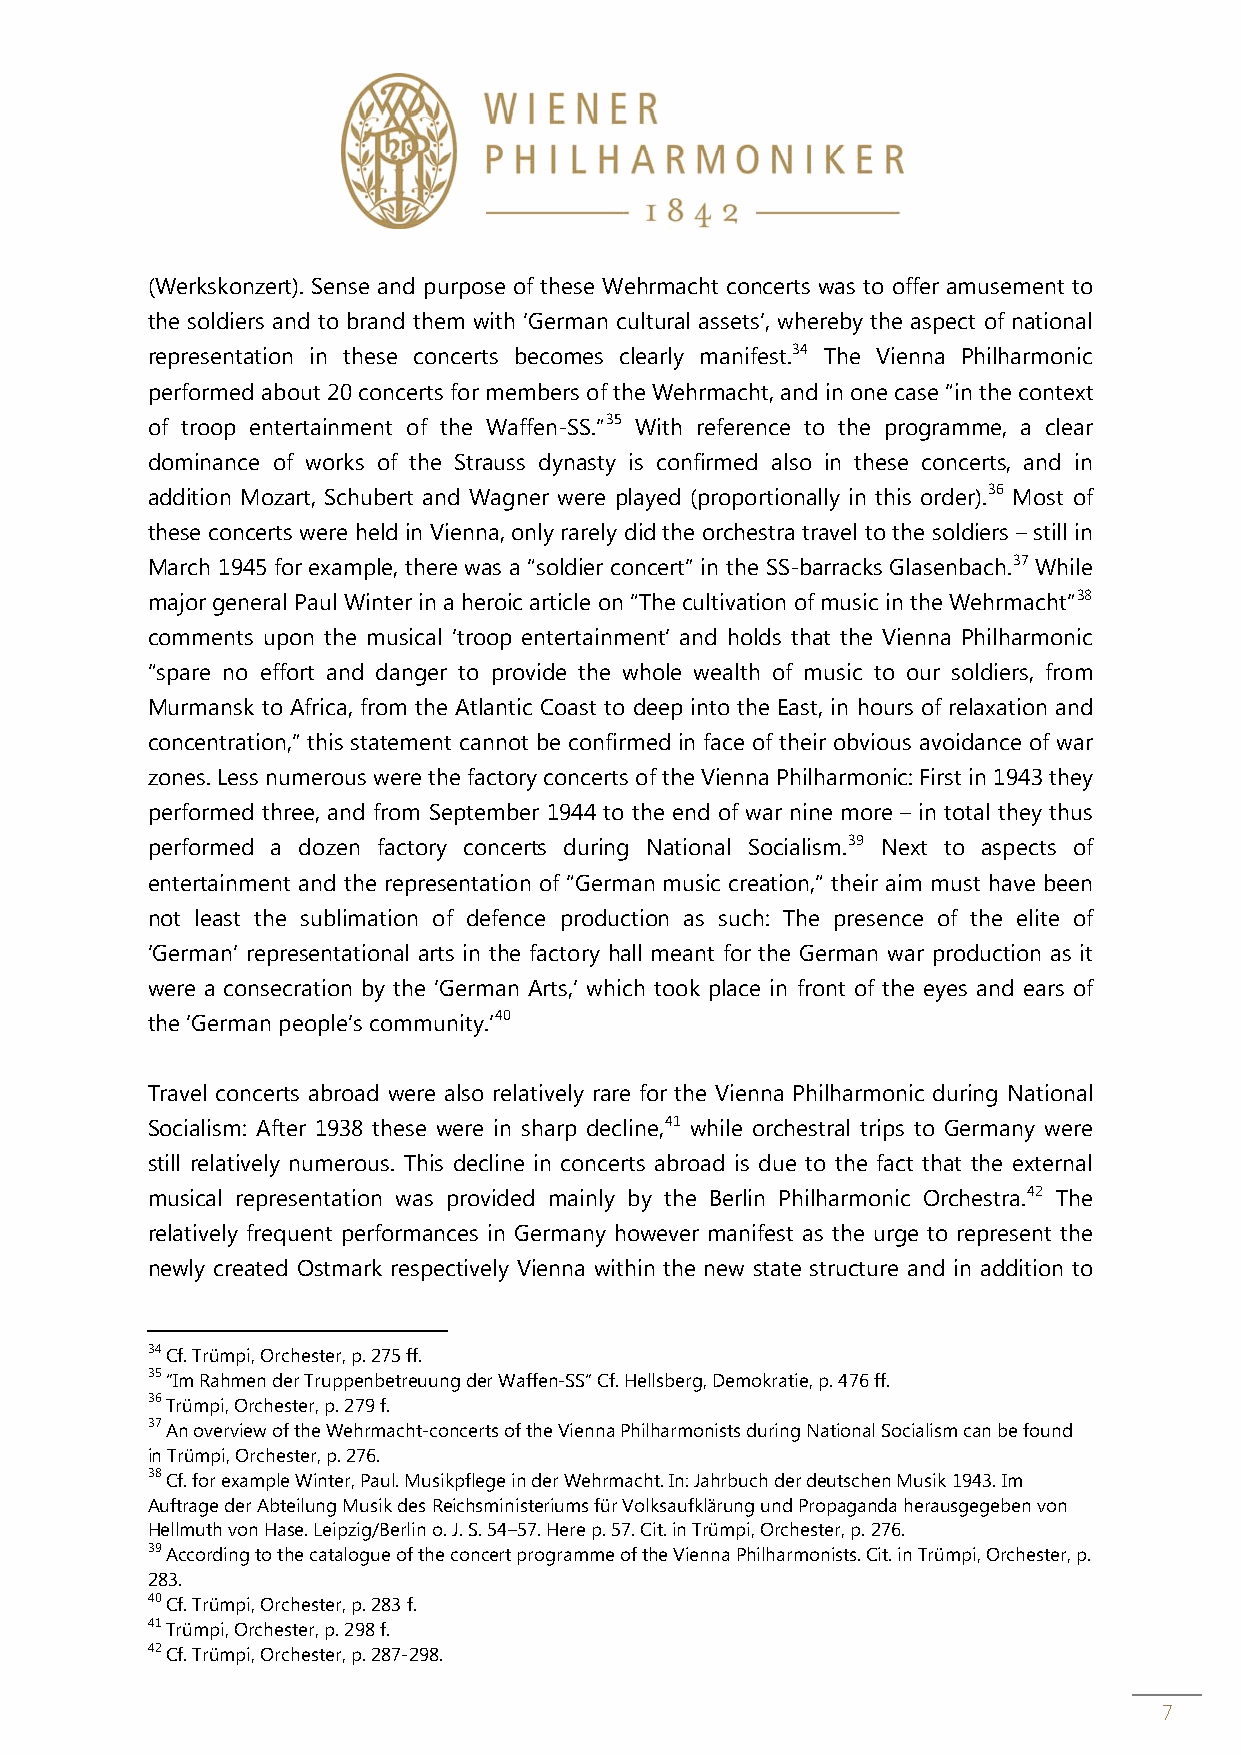
(Werkskonzert). Sense and purpose of these Wehrmacht concerts was to offer amusement to
 the soldiers and to brand them with ‘German cultural assets’, whereby the aspect of national
 representation in these concerts becomes clearly manifest.34 The Vienna Philharmonic
 performed about 20 concerts for members of the Wehrmacht, and in one case “in the context
 of troop entertainment of the Waffen-SS.”35 With reference to the programme, a clear
 dominance of works of the Strauss dynasty is confirmed also in these concerts, and in
 addition Mozart, Schubert and Wagner were played (proportionally in this order).36 Most of
 these concerts were held in Vienna, only rarely did the orchestra travel to the soldiers – still in
 March 1945 for example, there was a “soldier concert” in the SS-barracks Glasenbach.37 While
 major general Paul Winter in a heroic article on “The cultivation of music in the Wehrmacht”38
 comments upon the musical ‘troop entertainment’ and holds that the Vienna Philharmonic
 “spare no effort and danger to provide the whole wealth of music to our soldiers, from
 Murmansk to Africa, from the Atlantic Coast to deep into the East, in hours of relaxation and
 concentration,” this statement cannot be confirmed in face of their obvious avoidance of war
 zones. Less numerous were the factory concerts of the Vienna Philharmonic: First in 1943 they
 performed three, and from September 1944 to the end of war nine more – in total they thus
 performed a dozen factory concerts during National Socialism.39 Next to aspects of
 entertainment and the representation of “German music creation,“ their aim must have been
 not least the sublimation of defence production as such: The presence of the elite of
 ‘German’ representational arts in the factory hall meant for the German war production as it
 were a consecration by the ‘German Arts,’ which took place in front of the eyes and ears of
 the ‘German people’s community.’40
 Travel concerts abroad were also relatively rare for the Vienna Philharmonic during National
 Socialism: After 1938 these were in sharp decline,41 while orchestral trips to Germany were
 still relatively numerous. This decline in concerts abroad is due to the fact that the external
 musical representation was provided mainly by the Berlin Philharmonic Orchestra.42 The
 relatively frequent performances in Germany however manifest as the urge to represent the
 newly created Ostmark respectively Vienna within the new state structure and in addition to
 34 Cf. Trümpi, Orchester, p. 275 ff.
 35 “Im Rahmen der Truppenbetreuung der Waffen-SS“ Cf. Hellsberg, Demokratie, p. 476 ff.
 36 Trümpi, Orchester, p. 279 f.
 37 An overview of the Wehrmacht-concerts of the Vienna Philharmonists during National Socialism can be found
 in Trümpi, Orchester, p. 276.
 38 Cf. for example Winter, Paul. Musikpflege in der Wehrmacht. In: Jahrbuch der deutschen Musik 1943. Im
 Auftrage der Abteilung Musik des Reichsministeriums für Volksaufklärung und Propaganda herausgegeben von
 Hellmuth von Hase. Leipzig/Berlin o. J. S. 54–57. Here p. 57. Cit. in Trümpi, Orchester, p. 276.
 39 According to the catalogue of the concert programme of the Vienna Philharmonists. Cit. in Trümpi, Orchester, p.
 283.
 40 Cf. Trümpi, Orchester, p. 283 f.
 41 Trümpi, Orchester, p. 298 f.
 42 Cf. Trümpi, Orchester, p. 287-298.
 7